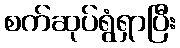
စက်ဆုပ်ရွံရှာပြီး